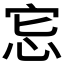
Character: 𢘯